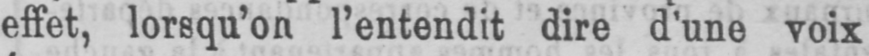
effet, lorsqu’on l’entendit dire d’une voix